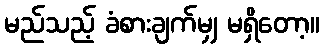
မည်သည့် ခံစားချက်မျှ မရှိတော့။